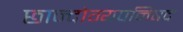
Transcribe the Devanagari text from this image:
छान्दोग्यपनिषद